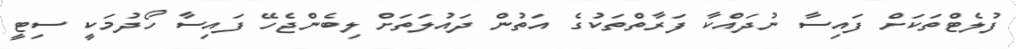
ފުލެޓްތަކަށް ފައިސާ ނުދައްކާ ފަރާތްތަކުގެ އަތުން ދައުލަތަށް ލިބެންޖެހޭ ފައިސާ ހޯދުމަކީ ސިޓީ